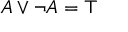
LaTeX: A \lor \neg A = \top